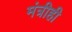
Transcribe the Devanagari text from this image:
मंत्रीही